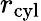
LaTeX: r_{\mathrm{cyl}}